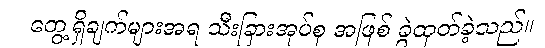
တွေ့ရှိချက်များအရ သီးခြားအုပ်စု အဖြစ် ခွဲထုတ်ခဲ့သည်။